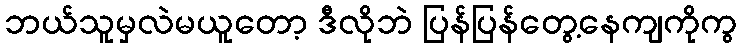
ဘယ်သူမှလဲမယူတော့ ဒီလိုဘဲ ပြန်ပြန်တွေ့နေကျကိုကွ